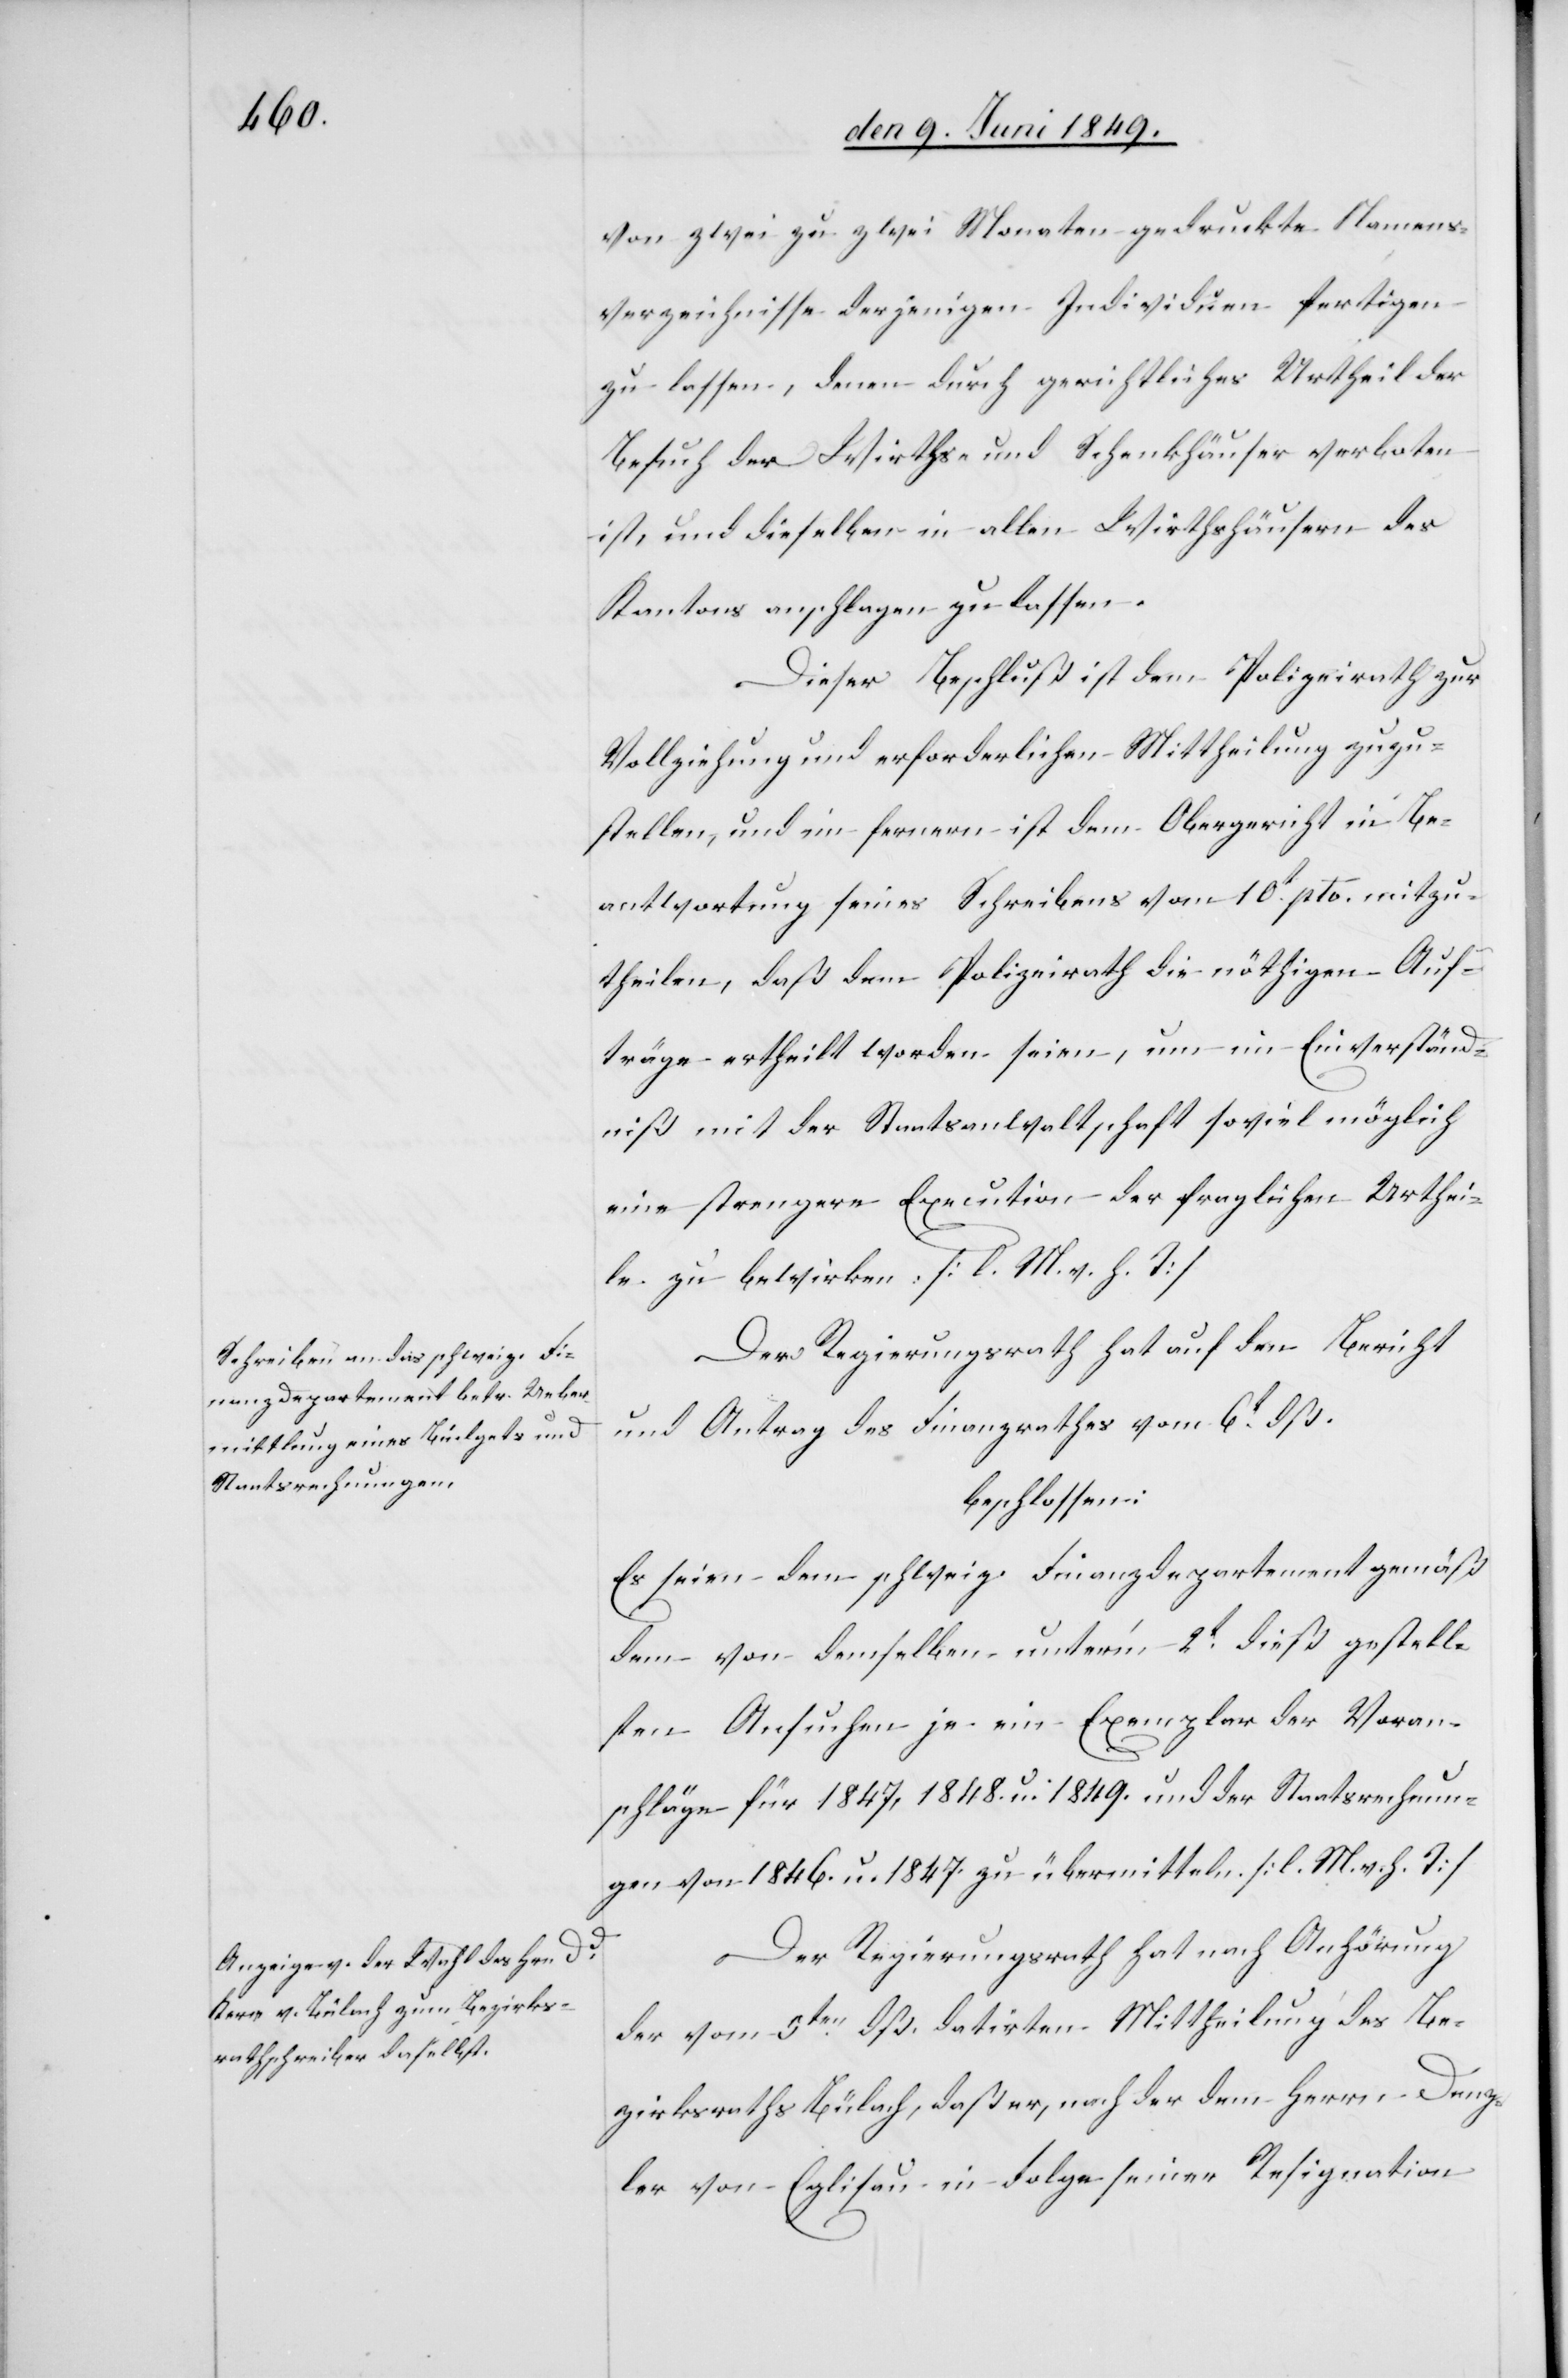
von zwei zu zwei Monaten gedruckte Namens¬
verzeichnisse derjenigen Individuen fertigen
zu lassen, denen durch gerichtliches Urtheil der
Besuch der Wirths- und Schenkhäuser verboten
ist, und dieselben in allen Wirthshäusern des
Kantons anschlagen zu lassen.
Dieser Beschluß ist dem Polizeirath zur
Vollziehung und erforderlichen Mittheilung zuzu¬
stellen, und im fernern ist dem Obergericht in Be¬
antwortung seines Schreibens vom 10t pto. mitzu¬
theilen, daß dem Polizeirath die nöthigen Auf¬
träge ertheilt worden seien, um im Einverständ¬
niß mit der Staatsanwaltschaft soviel möglich
eine strengere Execution der fraglichen Urthei¬
le zu bewirken: [l. M. h. T]
Der Regierungsrath hat auf den Bericht
und Antrag des Finanzrathes vom 6t dß.
beschlossen:
Es seien dem schweiz. Finanzdepartement gemäß
dem von demselben unterm 2t dieß gestell¬
ten Ansuchen je ein Exemplar der Voran¬
schläge für 1847, 1848. u. 1849. und der Staatsrechnun¬
gen von 1846. u. 1847. zu übermitteln. [l. M. h. T]
Der Regierungsrath hat nach Anhörung
der vom 5ten dß. datirten Mittheilung des Be¬
zirksrathes Bülach, daß er, nach der dem Herrn Denz¬
ler von Eglisau in Folge seiner Resignation